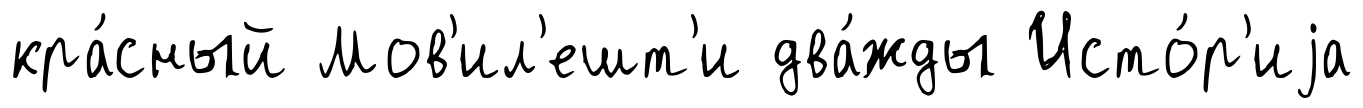
кра́сный Мов'ил'ешт'и два́жды Исто́р'иjа